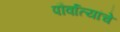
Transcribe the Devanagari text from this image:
पौर्वात्यांचे